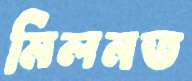
মিলনত